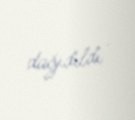
dağıdıldı .